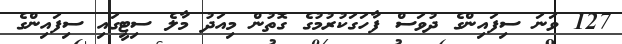
127 ވަނަ ސިފައިންގެ ދުވަސް ފާހަގަކުރުމުގެ ގޮތުން މިއަދު މާލެ ސިޓީގައި ސިފައިންގެ